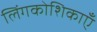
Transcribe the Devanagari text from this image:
लिंगकोशिकाएँ